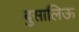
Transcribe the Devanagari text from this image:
बुसालिऊ